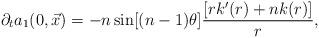
LaTeX: \begin{align*}\partial_{t} a_{1}(0,\vec{x}) = -n \sin[(n-1)\theta]\frac{[rk'(r) + nk(r)]}{r},\end{align*}